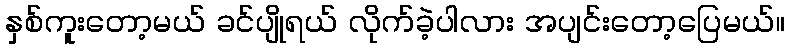
နှစ်ကူးတော့မယ် ခင်ပျိုရယ် လိုက်ခဲ့ပါလား အပျင်းတော့ပြေမယ်။